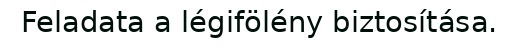
Feladata a légifölény biztosítása.